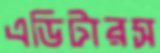
এডিটারস